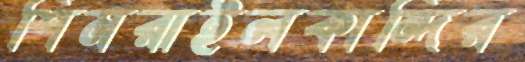
শিমরাইলকান্দির